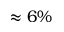
\approx 6 \%